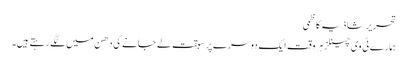
تحریر شاذیہ کاظمی
ہمارے ٹی وی چینلز ہر وقت ایک دوسرے پر سبقت لے جانے کی دھن میں لگے رہتے ہیں۔